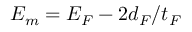
{ \cal E } _ { m } = { \cal E } _ { F } - 2 d _ { F } / t _ { F }